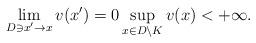
LaTeX: \begin{align*}\lim_{D\ni x'\to x} v(x')=0 \sup_{x\in D\setminus K}v(x)<+\infty.\end{align*}